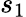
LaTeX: s_{1}